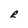
Character: R